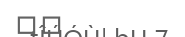
٩٩